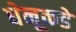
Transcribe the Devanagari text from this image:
धेनूकडे